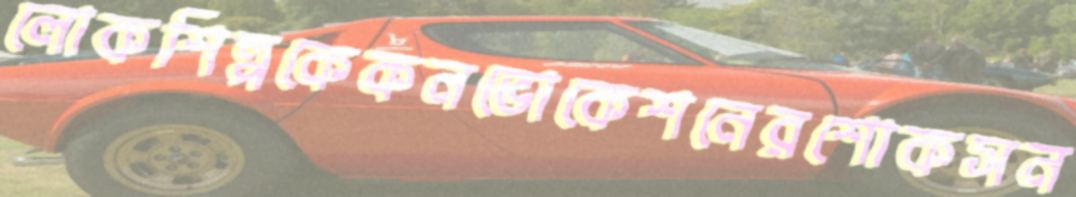
লোকশিল্পকেকনভোকেশনেরশোকসন